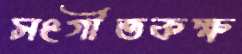
সংগীতকক্ষ